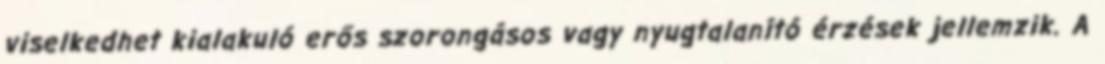
viselkedhet kialakuló erős szorongásos vagy nyugtalanító érzések jellemzik. A